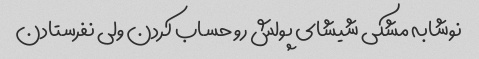
نوشابه مشکی شیشای پولش رو حساب کردن ولی نفرستادن